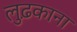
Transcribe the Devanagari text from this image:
लुढ़काना